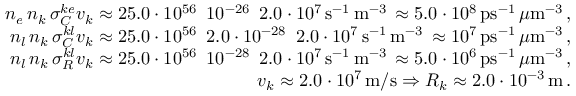
\begin{array} { r l r } & { } & { n _ { e } \, n _ { k } \, \sigma _ { C } ^ { k e } v _ { k } \approx 2 5 . 0 \cdot 1 0 ^ { 5 6 } \, \, \, 1 0 ^ { - 2 6 } \, \, \, 2 . 0 \cdot 1 0 ^ { 7 } \, \mathrm { s } ^ { - 1 } \, \mathrm { m } ^ { - 3 } \, \approx 5 . 0 \cdot 1 0 ^ { 8 } \, \mathrm { p s } ^ { - 1 } \, \mu \mathrm { m } ^ { - 3 } \, , } \\ & { } & { n _ { l } \, n _ { k } \, \sigma _ { C } ^ { k l } v _ { k } \approx 2 5 . 0 \cdot 1 0 ^ { 5 6 } \, \, \, 2 . 0 \cdot 1 0 ^ { - 2 8 } \, \, \, 2 . 0 \cdot 1 0 ^ { 7 } \, \mathrm { s } ^ { - 1 } \, \mathrm { m } ^ { - 3 } \, \approx 1 0 ^ { 7 } \, \mathrm { p s } ^ { - 1 } \, \mu \mathrm { m } ^ { - 3 } \, , } \\ & { } & { n _ { l } \, n _ { k } \, \sigma _ { R } ^ { k l } v _ { k } \approx 2 5 . 0 \cdot 1 0 ^ { 5 6 } \, \, \, 1 0 ^ { - 2 8 } \, \, \, 2 . 0 \cdot 1 0 ^ { 7 } \, \mathrm { s } ^ { - 1 } \, \mathrm { m } ^ { - 3 } \, \approx 5 . 0 \cdot 1 0 ^ { 6 } \, \mathrm { p s } ^ { - 1 } \, \mu \mathrm { m } ^ { - 3 } \, , } \\ & { } & { v _ { k } \approx 2 . 0 \cdot 1 0 ^ { 7 } \, \mathrm { m / s } \Rightarrow { \cal R } _ { k } \approx 2 . 0 \cdot 1 0 ^ { - 3 } \, \mathrm { m } \, . } \end{array}